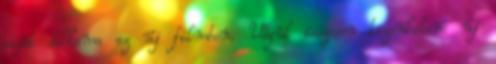
saját dallama az új filmben. Végül összesen tizenkilenc új